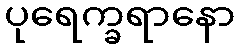
ပုရေက္ခရာနော